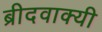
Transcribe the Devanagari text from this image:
ब्रीदवाक्यी